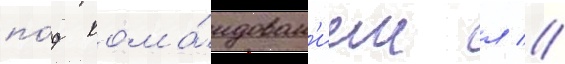
по́д кома́ндован'ием л //